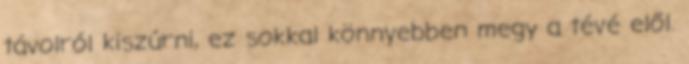
távolról kiszúrni, ez sokkal könnyebben megy a tévé elől.